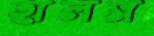
হালস